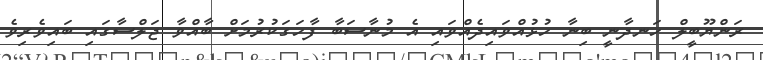
ރަންޔޫބީލް ހަނދާނީ ބިނާ ހުޅުއްވައިދެއްވައި އެ މުނާސަބާ ފާހަގަކުރުމަށް ބާއްވާ ޖަލްސާގައި ބައިވެރިވެ